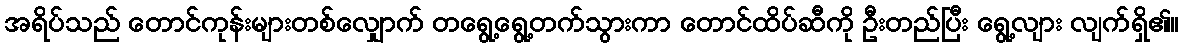
အရိပ်သည် တောင်ကုန်းများတစ်လျှောက် တရွေ့ရွေ့တက်သွားကာ တောင်ထိပ်ဆီကို ဦးတည်ပြီး ရွေ့လျား လျက်ရှိ၏။